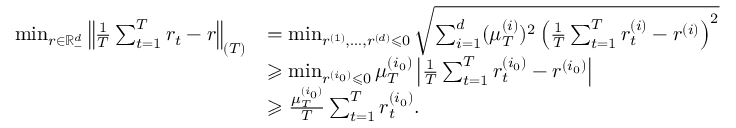
\begin{array} { r l } { \operatorname* { m i n } _ { r \in \mathbb { R } _ { - } ^ { d } } \left\| \frac { 1 } { T } \sum _ { t = 1 } ^ { T } r _ { t } - r \right\| _ { ( T ) } } & { = \operatorname* { m i n } _ { r ^ { ( 1 ) } , \dots , r ^ { ( d ) } \leqslant 0 } \sqrt { \sum _ { i = 1 } ^ { d } ( \mu _ { T } ^ { ( i ) } ) ^ { 2 } \left( \frac { 1 } { T } \sum _ { t = 1 } ^ { T } r _ { t } ^ { ( i ) } - r ^ { ( i ) } \right) ^ { 2 } } } \\ & { \geqslant \operatorname* { m i n } _ { r ^ { ( i _ { 0 } ) } \leqslant 0 } \mu _ { T } ^ { ( i _ { 0 } ) } \left| \frac { 1 } { T } \sum _ { t = 1 } ^ { T } r _ { t } ^ { ( i _ { 0 } ) } - r ^ { ( i _ { 0 } ) } \right| } \\ & { \geqslant \frac { \mu _ { T } ^ { ( i _ { 0 } ) } } { T } \sum _ { t = 1 } ^ { T } r _ { t } ^ { ( i _ { 0 } ) } . } \end{array}